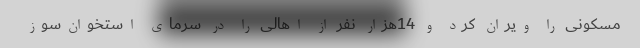
مسکونی را ویران کرد و 14هزار نفر از اهالی را در سرمای استخوان‌سوز